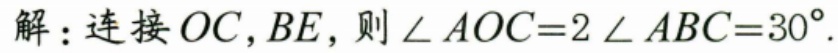
解：连接 \(OC,BE\)，则 \(\angle AOC = 2\angle ABC = 30^{\circ}\).